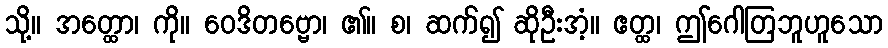
သို့။ အတ္ထော၊ ကို။ ဝေဒိတဗ္ဗော၊ ၏။ စ၊ ဆက်၍ ဆိုဦးအံ့။ ဧတ္ထ၊ ဤဂေါတြဘူဟူသော